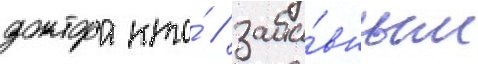
доктора кто́ / заба́вным